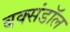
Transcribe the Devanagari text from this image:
बक्संडाॅल